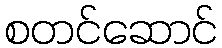
စတင်ဆောင်